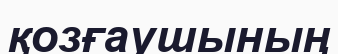
қозғаушының